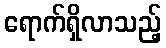
ရောက်ရှိလာသည့်